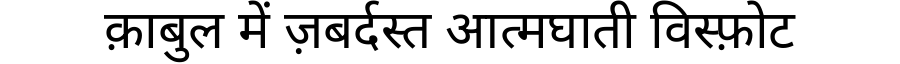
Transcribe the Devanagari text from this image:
क़ाबुल में ज़बर्दस्त आत्मघाती विस्फ़ोट